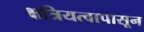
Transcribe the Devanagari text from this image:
क्षत्रियत्वापासून